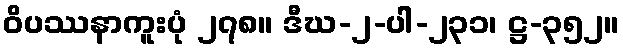
ဝိပဿနာကူးပုံ ၂၇၈။ ဒီဃ-၂-ပါ-၂၃၁၊ ဋ္ဌ-၃၅၂။